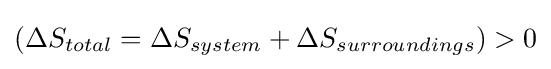
(\Delta S_{total}=\Delta S_{system}+\Delta S_{surroundings})>0